Indian journal of veterinary science and animal husbandry - Volumes 22-23, 1952-1953
Year: 1952
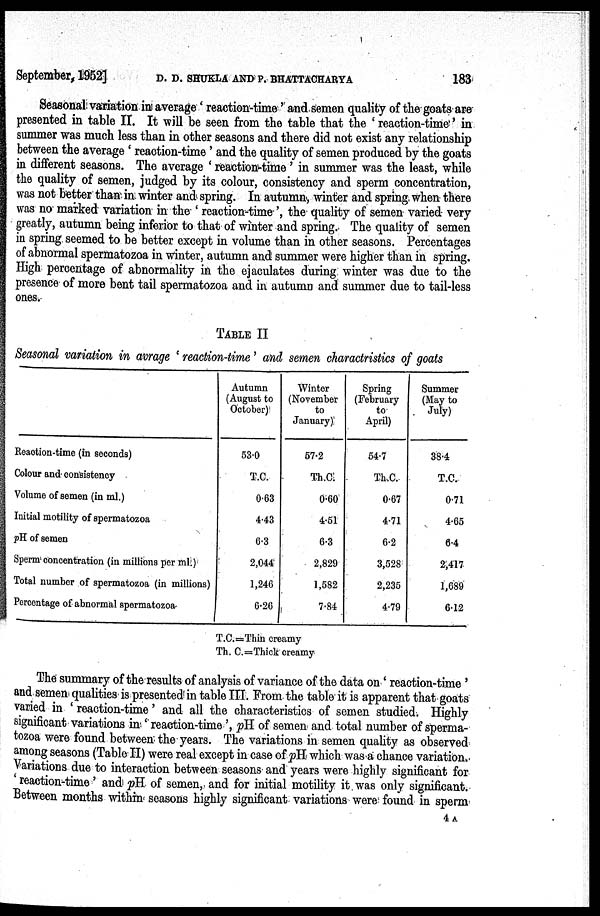
September, 1952] D. D. SHUKLA AND P. BHATTACHARYA 183
Seasonal variation in average 'reaction.time' and. semen quality of the goats are
presented in table II. It will be seen from the table that the 'reaction.time' in
summer was much less than in other seasons and there did not exist any relationship
between the average 'reaction.time' and the quality of semen produced by the goats
in different seasons. The average 'reaction.time' in summer was the least, while
the quality of semen, judged by its colour, consistency and sperm concentration,
was not better than in winter and spring. In autumn, winter and spring, when there
was no marked variation in the 'reaction-time', the quality of semen varied very
greatly, autumn being inferior to that of winter and spring. The quality of semen
in spring seemed to be better except in volume than in other seasons. Percentages
of abnormal spermatozoa in winter, autumn and summer were higher than in spring.
High percentage of abnormality in the ejaculates during, winter was due to the
presence of more bent tail spermatozoa and in autumn and summer due to tail.less
ones.
TABLE II
Seasonal variation in avrage 'reaction.time' and semen charactristics of goats
Reaction-time (in seconds)
Colour and. consistency
Volume of semen (in ml.)
Initial motility of spermatozoa
pH of semen
Sperm concentration (in millions per ml.)
Total number of spermatozoa (in millions)
Percentage of abnormal spermatozoa
Autumn
(August to
October)
53.0
T.C.
0.63
4.43
6.3
2,044
1,246
6.26
Winter
(November
to
January)
57.2
Th.C.
0.60
4.51
6.3
2,829
1,582
7.84
Spring
(February
to
April)
54.7
Th.C.
0.67
4.71
6.2
3,528
2,235
4.79
Summer
(May to
July)
38.4
T.C.
0.71
4.65
6.4
2,417
1,689
6.12
T.C.=Thin creamy
Th. C.=Thick creamy
The summary of the results of analysis of variance of the data on 'reaction.time'
and. semen qualities is presented in table III. From the table it is apparent that goats
varied in 'reaction.time' and all the characteristics of semen studied. Highly
significant variations in 'reaction.time', pH. of semen and total number of sperma-
tozoa were found between the years. The variations in semen quality as observed
among seasons (Table II) were real except in case of pH which was a chance variation.
Variations due to interaction between seasons. and years were highly significant for
'reaction.time' and pH of semen, and for initial motility it was only significant.
Between months within seasons highly significant variations were found in sperm
4A